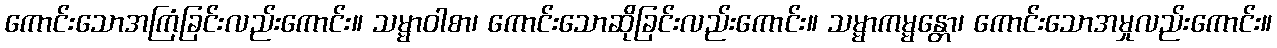
ကောင်းသောအကြံခြင်းလည်းကောင်း။ သမ္မာဝါစာ၊ ကောင်းသောဆိုခြင်းလည်းကောင်း။ သမ္မာကမ္မန္တော၊ ကောင်းသောအမှုလည်းကောင်း။